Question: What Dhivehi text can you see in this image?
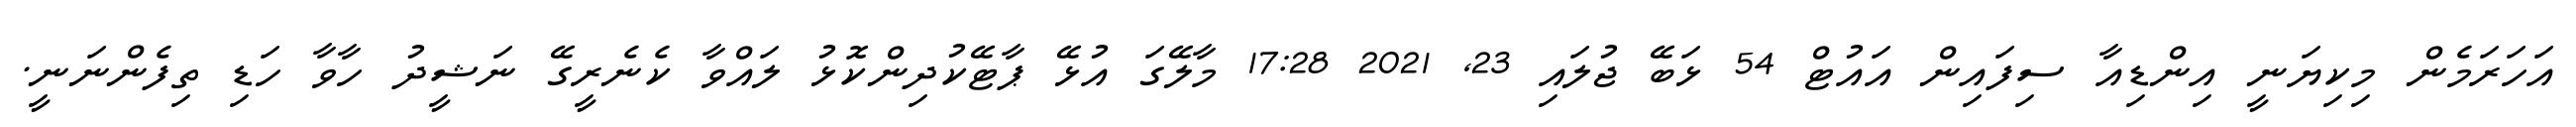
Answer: އަހަރަމެން މިކިޔަނީ އިންޑިއާ ސިފައިން އައުޓް 54 ޅަބޭ ޖުލައި 23, 2021 17:28 މާލޭގަ އުޅޭ ޕާޓޭކުދިންކޮޅު ލައްވާ ކެނެރީގޭ ނަޝީދު ހާވާ ހަޑި ތިފެންނަނީ.